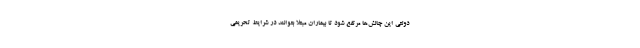
دولتی این چالش‌ها مرتفع شود تا بیماران مبتلا بتوانند در شرایط تحریمی